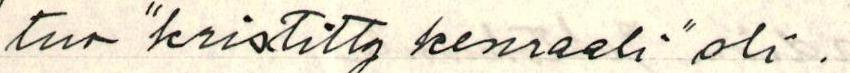
tuo "kristitty kenraali" oli.